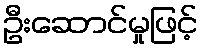
ဦးဆောင်မှုဖြင့်